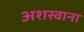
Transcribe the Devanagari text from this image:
अशस्वाना